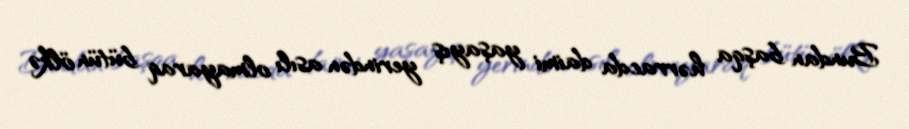
Bundan başqa hərracda daimi yaşayış yerindən asılı olmayaraq bütün ölkə